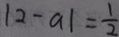
\vert 2 - a \vert = \frac { 1 } { 2 }